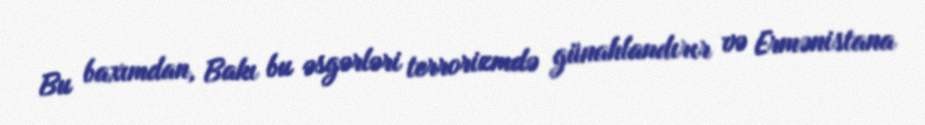
Bu baxımdan, Bakı bu əsgərləri terrorizmdə günahlandırır və Ermənistana